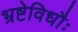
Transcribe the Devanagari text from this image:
भ्रष्टेविधौः